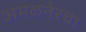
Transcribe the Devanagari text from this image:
अमळनेरचा